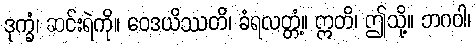
ဒုက္ခံ၊ ဆင်းရဲကို။ ဝေဒယိဿတိ၊ ခံရလတ္တံ့။ ဣတိ၊ ဤသို့။ ဘဂဝါ၊